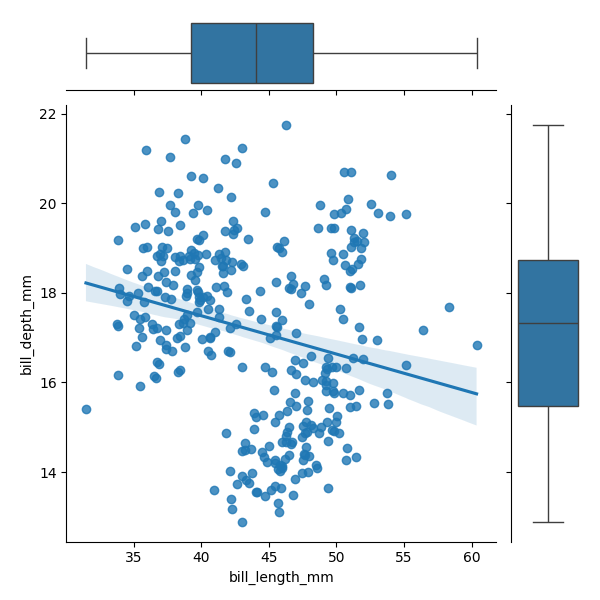
python, seaborn, JointGrid, regplot, boxplot